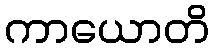
ကာယောတိ